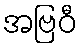
အဗြဝီ